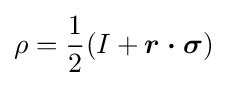
\rho ={\frac {1}{2}}(I+{\boldsymbol {r\cdot \sigma }})